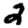
Digit: 2